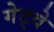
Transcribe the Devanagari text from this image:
गेट्वे